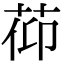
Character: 𦯒